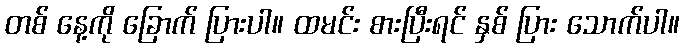
တစ် နေ့ကို ခြောက် ပြားပါ။ ထမင်း စားပြီးရင် နှစ် ပြား သောက်ပါ။